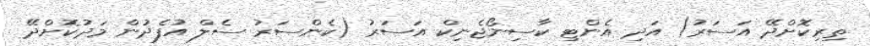
ތިރިކޮށްދޭ އަސަރު) އަދި އެންޓި ކާސިނޯޖެނިކް އަސަރު (ކެންސަރު ސެލް އުފެދުން މަދުކޮށްދޭ